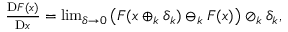
\begin{array} { r } { \frac { \mathrm { D } F ( x ) } { \mathrm { D } x } = \operatorname* { l i m } _ { \delta \to 0 } \big ( F ( x \oplus _ { k } \delta _ { k } ) \ominus _ { k } F ( x ) \big ) \oslash _ { k } \delta _ { k } , } \end{array}